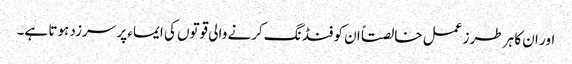
اور ان کا ہر طرز عمل خالصتاً ان کو فنڈ نگ کرنے والی قوتوں کی ایماء پر سرزد ہوتا ہے۔